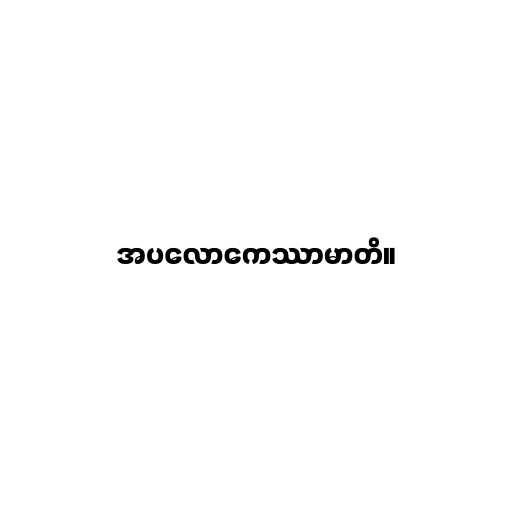
အပလောကေဿာမာတိ။